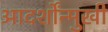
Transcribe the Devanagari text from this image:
आदर्शोंन्मुखी